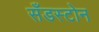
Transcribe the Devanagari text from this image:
सँडस्टोन